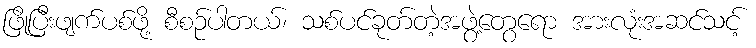
ဖြိုပြီးဖျက်ပစ်ဖို့ စီစဉ်ပါတယ်၊ သစ်ပင်ခုတ်တဲ့အဖွဲ့တွေရော အားလုံးအဆင်သင့်